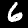
Label: 6